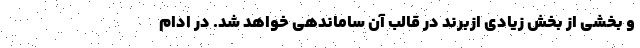
و بخشی از بخش زیادی ازبرند در قالب آن ساماندهی خواهد شد. در ادام